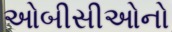
ઓબીસીઓનો